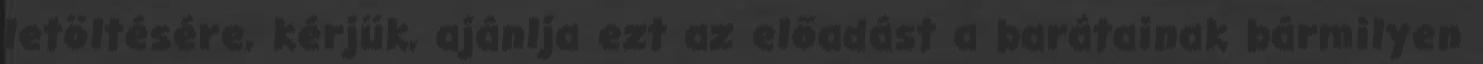
letöltésére, kérjük, ajánlja ezt az előadást a barátainak bármilyen